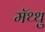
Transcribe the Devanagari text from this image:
मॅथ्थु